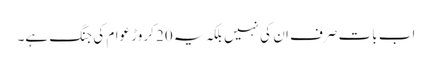
اب بات صرف ان کی نہیں بلکہ یہ 20 کروڑ عوام کی جنگ ہے۔